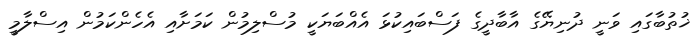
ޚުތުބާގައި ވަނީ ދުނިޔޭގެ އާބާދީގެ ފަސްބައިކުޅަ އެއްބަޔަކީ މުސްލިމުން ކަމަށާއި އެހެންކަމުން އިސްލާމީ